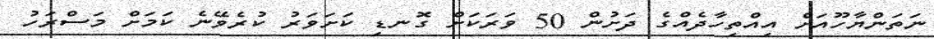
ނަތަންޔާހޫއަށް އިއްތިހާދެއްގެ ދަށުން 50 ވަރަކަށް ގޮނޑި ކަށަވަރު ކުރެވޭނެ ކަމަށް މަސްރަހު